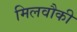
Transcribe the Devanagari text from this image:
मिलवौकी